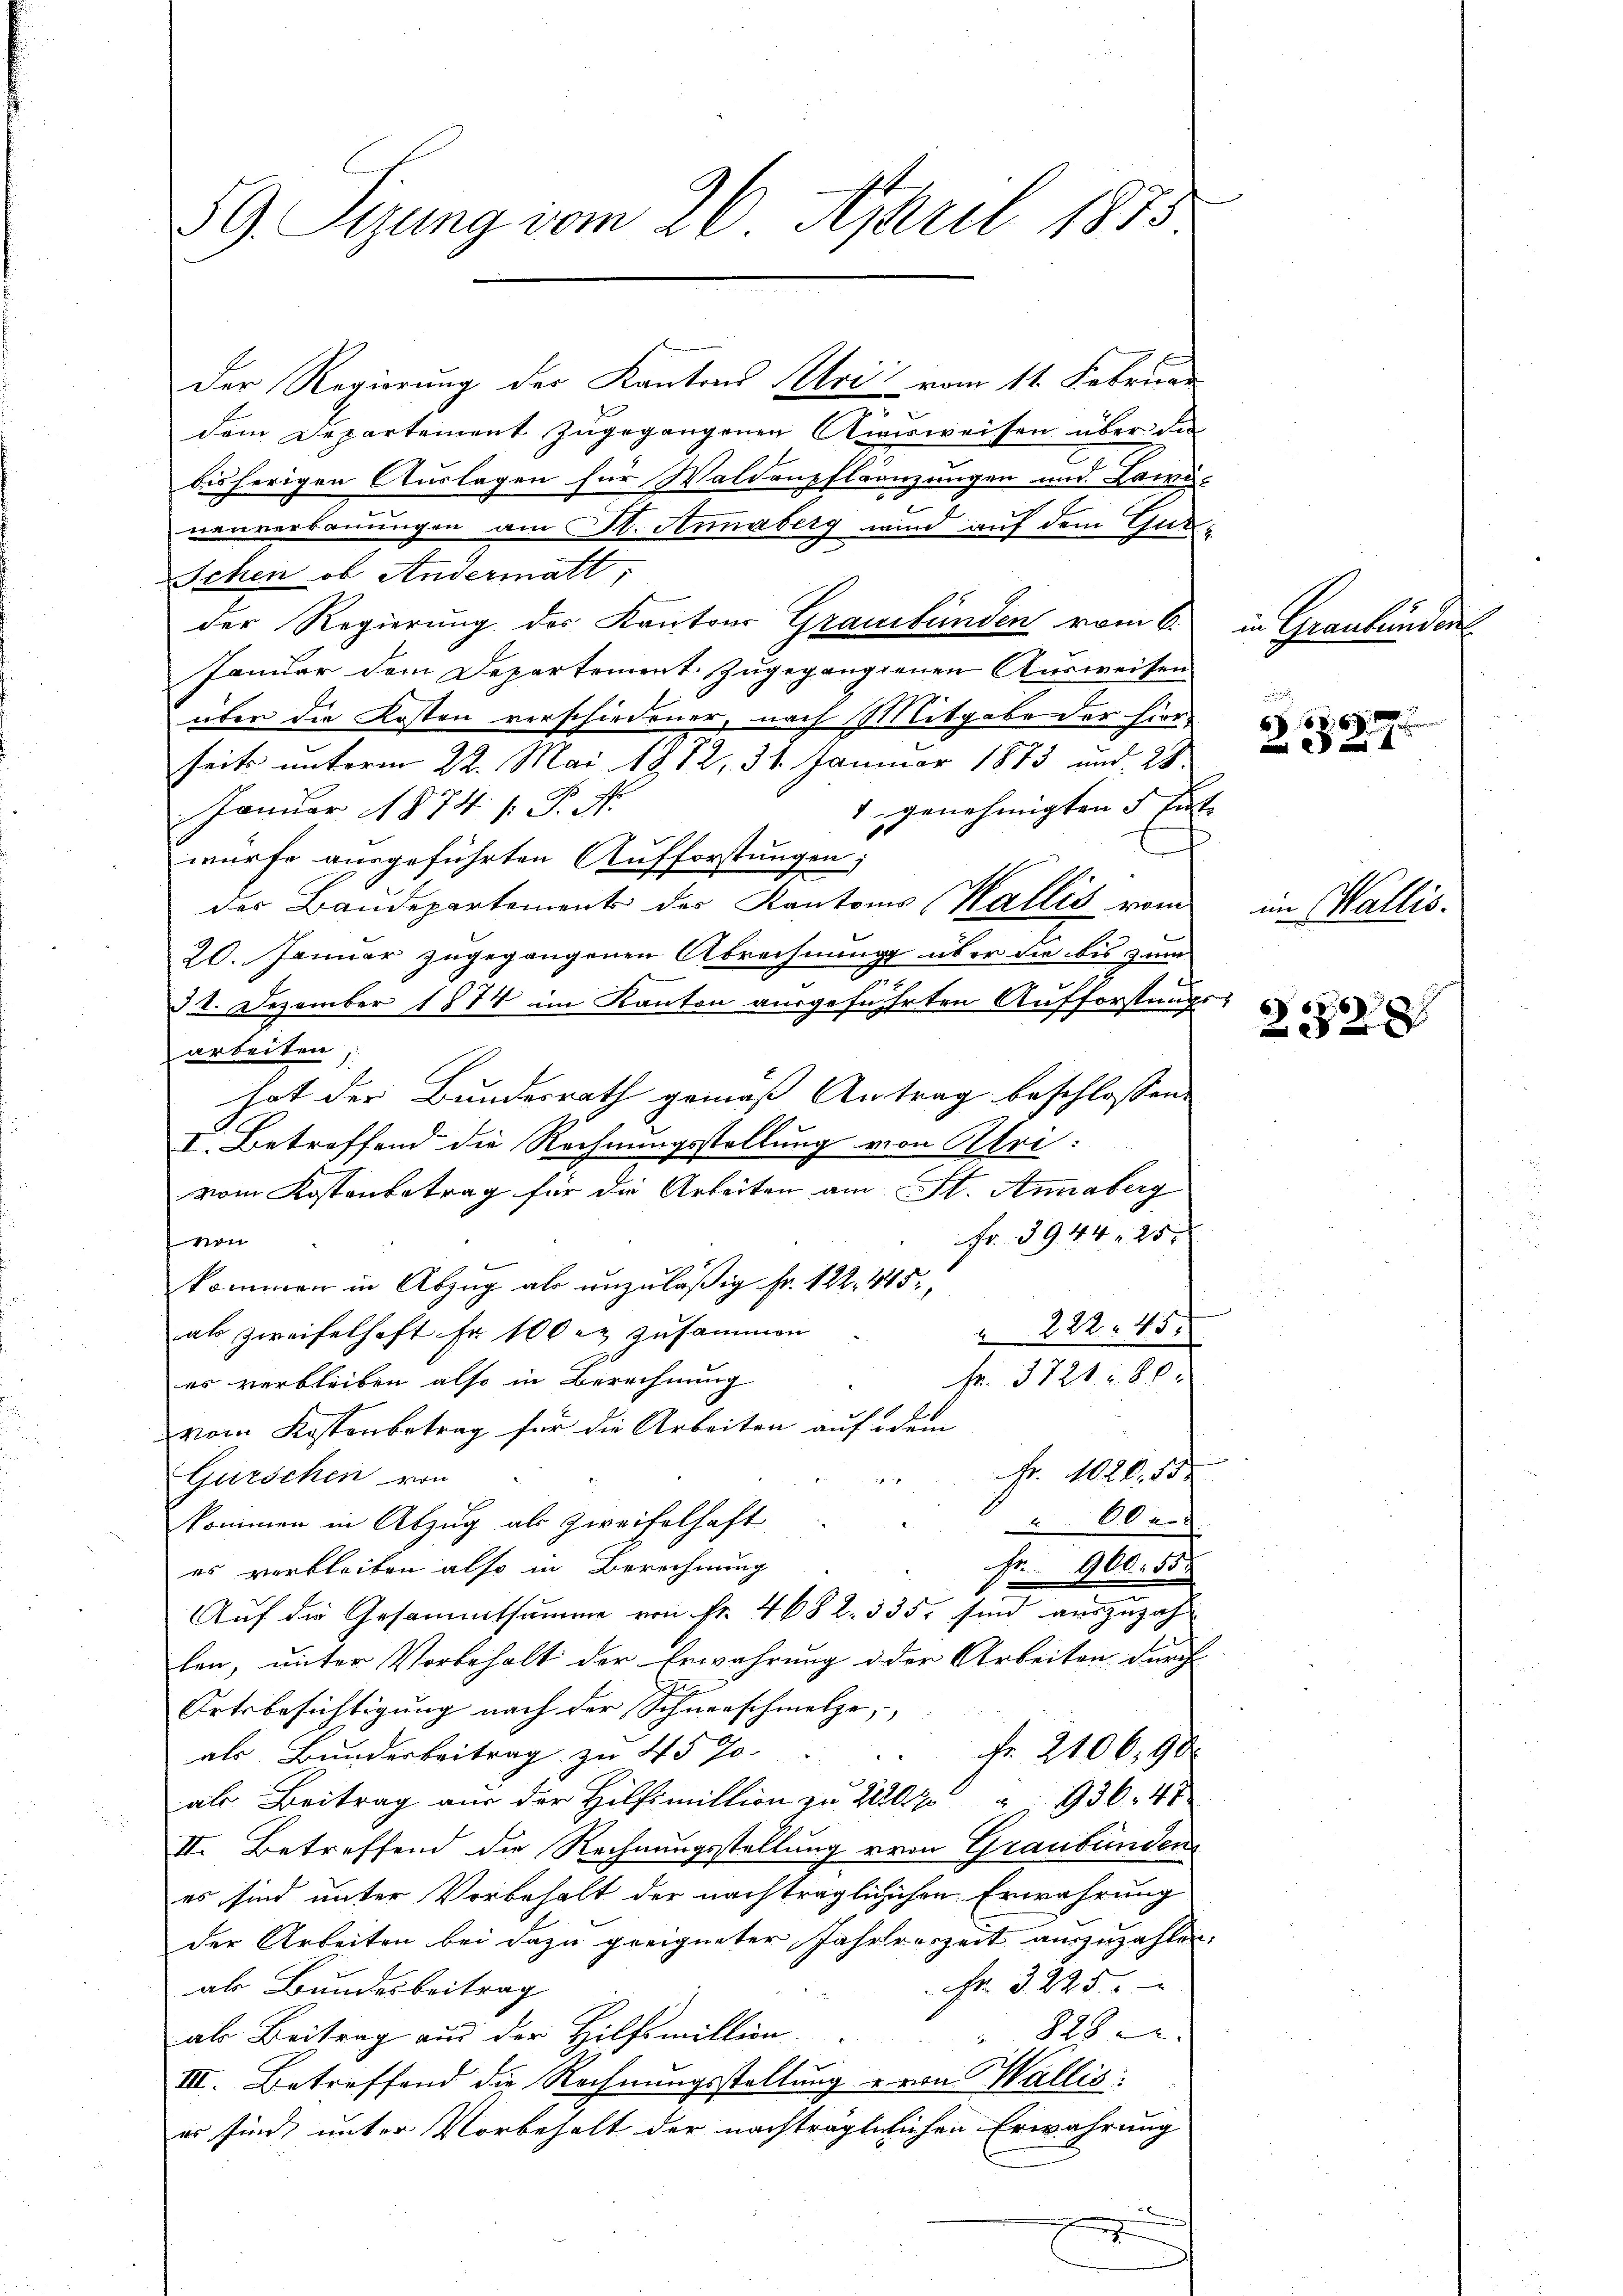
59. Sizung vom 26. April 1873

Der Regierung der Kantons Arii vom 11. Februar
dem Departement zugegangenen Ausweisen über die
.
bisherigen Auslagen für Waldenpflänzungen und Lawi-
b
nenverbauungen am St. Annaberg wird auf dem Gut¬
Schen, ob Andermatt
der Regierung des Kantons Graubünden vom 6.
Januar dem Departement zugegangienen Ausweisen
über die Kosten verschiedener, nach Mitgabe der hier-
seits unterm 22. Mai 1882, 31. Januar 1873 und 28.
1 genehmigten 5 Ei
Januar 1874 f. P. Nr.
würfe ausgeführten Aufforstungen;
des Baudepartements der Kantons Wallis vom
20. Januar zugegangenen Abrechnung über die bis zum
31. Dezember 1874 im Kanton ausgeführten Aufforstung
arbeiten
hat der Bundesrath gemäß Antrag beschlossen,
I. Betreffend die Rechnungsstellung von Ulri:
vom Kostenbetrag für die Arbeiten am St. Annaberg
Fr. 3944. 25
i
kommen in Abzug als unzuläßig Fr. 122, 445.
als Zweifelhaft Fr. 100 & zusammen
 222 45.
Fr. 3721: 80.
es verbleiben also in Berechnung
vom Kostenbetrag für die Arbeiten auf dem
Fr. 1020. 10.
Gurschen von
¬
kommen in Abzug als Zweifelhaft
 00
Fr. 900. 55.
es verbleiben also in Berechnung
Auf die Gesammtsumme von Fr. 468 2. 335, sind auszuzah
len, unter Vorbehalt der Erwährung d der Arbeiten durch
Ortsbesichtigŭng nach der Schneeschmalze,
fr. 2106, 90
als Bunderbeitrag zu 45 J
als Beitrag aus der Hilfsmittion zu 20 " 936. 48
II. Betreffend die Rechnungsstellung von Graubünden
es sind unter Vorbehalt der nachträglichischen Erwährung
der Arbeiten bei dazu geeigneter Jahreszeit auszuzahlen.
Fr. 3. 225.
als Bundesbeitrag
 828
als Beitrag aus der Hilfsmittion
III. Betreffend die Rechnungsstellung von Wallis:
er sind, unter Vorbehalt der nachträglilichen Erwährung

.
e

in Graubünden

e

x

im Wallis.

23728